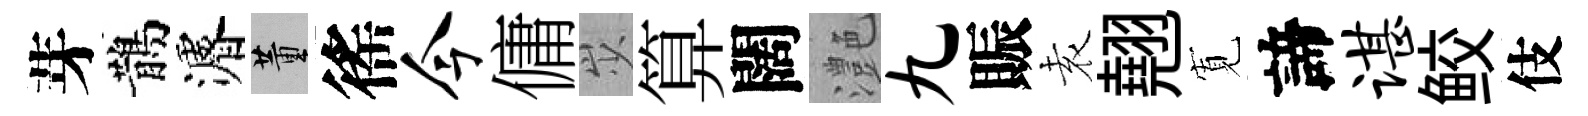
芽鵲濬董徭今傭𡵯算闊灔九賑𡊮翹𡩖諦谌鲛伎